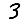
Digit: 3